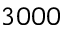
3 0 0 0